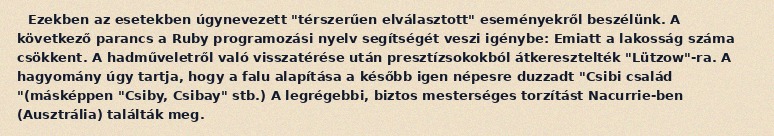
Ezekben az esetekben úgynevezett "térszerűen elválasztott" eseményekről beszélünk. A következő parancs a Ruby programozási nyelv segítségét veszi igénybe: Emiatt a lakosság száma csökkent. A hadműveletről való visszatérése után presztízsokokból átkeresztelték "Lützow"-ra. A hagyomány úgy tartja, hogy a falu alapítása a később igen népesre duzzadt "Csibi család "(másképpen "Csiby, Csibay" stb.) A legrégebbi, biztos mesterséges torzítást Nacurrie-ben (Ausztrália) találták meg.